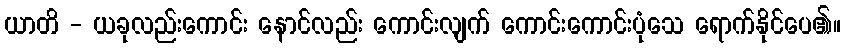
ယာတိ - ယခုလည်းကောင်း နောင်လည်း ကောင်းလျက် ကောင်းကောင်းပုံသေ ရောက်နိုင်ပေ၏။